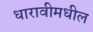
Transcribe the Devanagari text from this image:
धारावीमधील